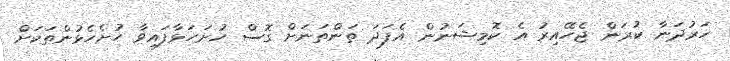
ހަރުދަނާ ކުރަން ޖެހޭއިރު އެ ކޮމިޝަނުން އެފަދަ ތަންތަނަށް ގޮސް ހުށަހަޅާފައިވާ ހުށެހެޅުންތަކަށް